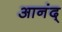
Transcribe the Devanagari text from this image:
आनंद्